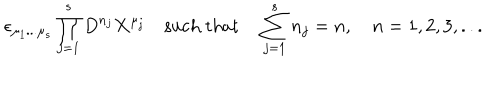
\epsilon _ { \mu _ { 1 } . . . \mu _ { s } } \prod _ { j = 1 } ^ { s } D ^ { n _ { j } } { \bf X } ^ { \mu _ { j } } \quad \mathrm { s u c h ~ t h a t } \quad \sum _ { j = 1 } ^ { s } n _ { j } = n , \quad n = 1 , 2 , 3 , . . .